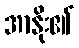
အာနိုး၏